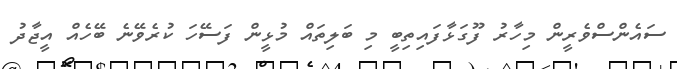
ސައެންސްވެރީން މިހާރު ފޫގަޅާފައިތިބީ މި ބަލިތައް މުޅީން ފަސޭހަ ކުރެވޭނެ ބޭހެއް އީޖާދު